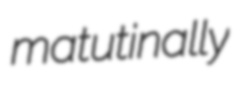
matutinally